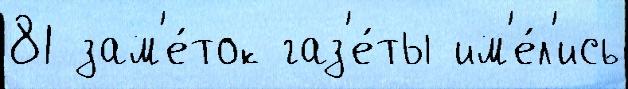
81 зам'е́ток газ'е́ты им'е́л'ись